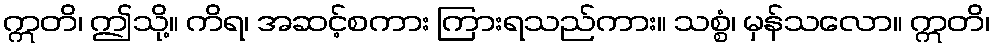
ဣတိ၊ ဤသို့။ ကိရ၊ အဆင့်စကား ကြားရသည်ကား။ သစ္စံ၊ မှန်သလော။ ဣတိ၊